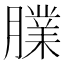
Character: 𦡧